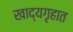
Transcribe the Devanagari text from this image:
खाद्यगृहात